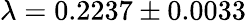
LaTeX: \lambda=0.2237\pm 0.0033